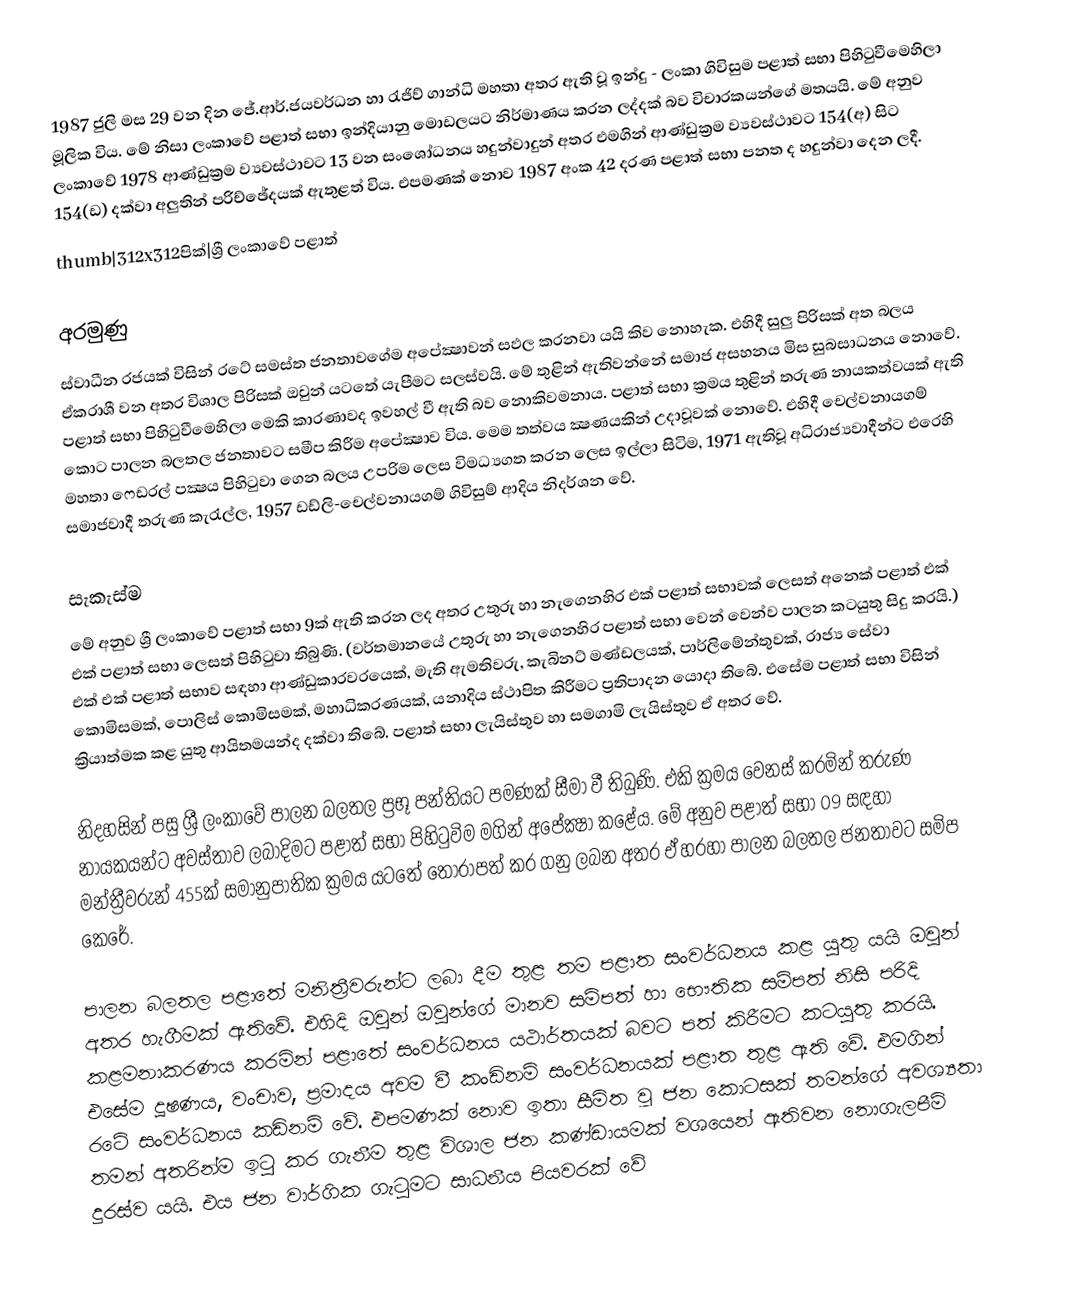
1987 ජුලි මස 29 වන දින ජේ.ආර්.ජයවර්ධන හා රැජිව් ගාන්ධි මහතා අතර ඇති වූ ඉන්දු - ලංකා ගිවිසුම පළාත් සභා පිහිටුවීමෙහිලා මූලික විය. මේ නිසා ලංකාවේ පළාත් සභා ඉන්දියානු මොඩලයට නිර්මාණය කරන ලද්දක් බව විචාරකයන්ගේ මතයයි. මේ අනුව ලංකාවේ 1978 ආණ්ඩුක්‍රම ව්‍යවස්ථාවට 13 වන සංශෝධනය හදුන්වාදුන් අතර එමගින් ආණ්ඩුක්‍රම ව්‍යවස්ථාවට 154(අ) සිට 154(ඩ) දක්වා අලුතින් පරිච්ඡේදයක් ඇතුළත් විය. එපමණක් නොව 1987 අංක 42 දරණ පළාත් සභා පනත ද හදුන්වා දෙන ලදී.
thumb|312x312පික්|ශ්‍රී ලංකාවේ පළාත්

අරමුණු
ස්වාධීන රජයක් විසින් රටේ සමස්ත ජනතාවගේම අපේක්‍ෂාවන් සඵල කරනවා යයි කිව නොහැක. එහිදී සුලු පිරිසක් අත බලය ඒකරාශී වන අතර විශාල පිරිසක් ඔවුන් යටතේ යැපීමට සලස්වයි. මේ තුළින් ඇතිවන්නේ සමාජ අසහනය මිස සුබසාධනය නොවේ. පළාත් සභා පිහිටුවීමෙහිලා මෙකි කාරණාවද ඉවහල් වී ඇති බව නොකිවමනාය. පළාත් සභා ක්‍රමය තුළින් තරුණ නායකත්වයක් ඇති කොට පාලන බලතල ජනතාවට සමීප කිරීම අපේක්‍ෂාව විය. මෙම තත්වය ක්‍ෂණයකින් උදාවූවක් නොවේ. එහිදී චෙල්වනායගම් මහතා ෆෙඩරල් පක්‍ෂය පිහිටුවා ගෙන බලය උපරිම ලෙස විමධ්‍යගත කරන ලෙස ඉල්ලා සිටිම, 1971 ඇතිවූ අධිරාජ්‍යවාදීන්ට එරෙහි සමාජවාදී තරුණ කැරැල්ල, 1957 ඩඩ්ලි-චෙල්වනායගම් ගිවිසුම් ආදිය නිදර්ශන වේ.

සැකැස්ම
මේ අනුව ශ්‍රී ලංකාවේ පළාත් සභා 9ක් ඇති කරන ලද අතර උතුරු හා නැගෙනහිර එක් පළාත් සභාවක් ලෙසත් අනෙක් පළාත් එක් එක් පළාත් සභා ලෙසත් පිහිටුවා තිබුණි. (වර්තමානයේ උතුරු හා නැගෙනහිර පළාත් සභා වෙන් වෙන්ව පාලන කටයුතු සිදු  කරයි.) එක් එක් පළාත් සභාව සඳහා ආණ්ඩුකාරවරයෙක්, මැති ඇමතිවරු, කැබිනට් මණ්ඩලයක්, පාර්ලිමේන්තුවක්, රාජ්‍ය සේවා කොමිසමක්, පොලිස් කොමිසමක්, මහාධිකරණයක්, යනාදිය ස්ථාපිත කිරීමට ප්‍රතිපාදන යොදා තිබේ. එසේම පළාත් සභා විසින් ක්‍රියාත්මක කළ යුතු ආයිතමයන්ද දක්වා තිබේ. පළාත් සභා ලැයිස්තුව හා සමගාමි ලැයිස්තුව ඒ අතර වේ.

නිදහසින් පසු ශ්‍රී ලංකාවේ පාලන බලතල ප්‍රභූ පන්තියට පමණක් සීමා වී තිබුණි. එකි ක්‍රමය වෙනස් කරමින් තරුණ නායකයන්ට අවස්තාව ලබාදිමට පළාත් සභා පිහිටුවිම මගින් අපේක්‍ෂා කළේය. මේ අනුව පළාත් සභා 09 සඳහා මන්ත්‍රීවරුන් 455ක් සමානුපාතික ක්‍රමය යටතේ තෝරාපත් කර ගනු ලබන අතර ඒ හරහා පාලන බලතල ජනතාවට සමිප කෙරේ.

පාලන බලතල පළාතේ මනිත්‍රීවරුන්ට ලබා දීම තුළ තම පළාත සංවර්ධනය කළ යුතු යයි ඔවුන් අතර හැගීමක් ඇතිවේ. එහිදි ඔවුන් ඔවුන්ගේ මානව සම්පත් හා භෞතික සම්පත් නිසි පරිදි කළමනාකරණය කරමින් පළාතේ සංවර්ධනය යථාර්තයක් බවට පත් කිරීමට කටයුතු කරයි. එසේම දූෂණය, වංචාව, ප්‍රමාදය අවම වී කංඩිනම් සංවර්ධනයක් පළාත තුළ ඇති වේ. එමගින් රටේ සංවර්ධනය කඩිනම් වේ. එපමණක් නොව ඉතා සීමිත වූ ජන කොටසක් තමන්ගේ අවශ්‍යතා තමන් අතරින්ම ඉටු කර ගැනීම තුළ විශාල ජන කණ්ඩායමක් වශයෙන් ඇතිවන නොගැලපීම් දුරස්ව යයි. එය ජන වාර්ගික ගැටුමට සාධනීය පියවරක් වේ